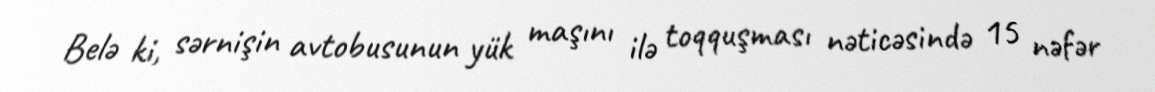
Belə ki, sərnişin avtobusunun yük maşını ilə toqquşması nəticəsində 15 nəfər